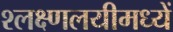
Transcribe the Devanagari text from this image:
श्लक्ष्णलयीमध्यें